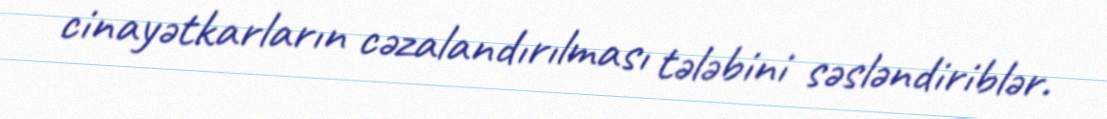
cinayətkarların cəzalandırılması tələbini səsləndiriblər.